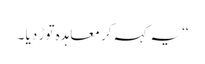
‘‘یہ کہہ کر معاہدہ توڑ دیا ۔